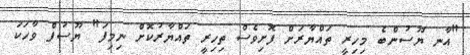
"އާނ ޔޫސުންބެ މިހިރީ ތައްޔާރަށް ފޮށިވެސް ތިހިރީ ތައްޔާރުކޮށް ނިމިފަ" ޔޫސުފް ވާހަކަ